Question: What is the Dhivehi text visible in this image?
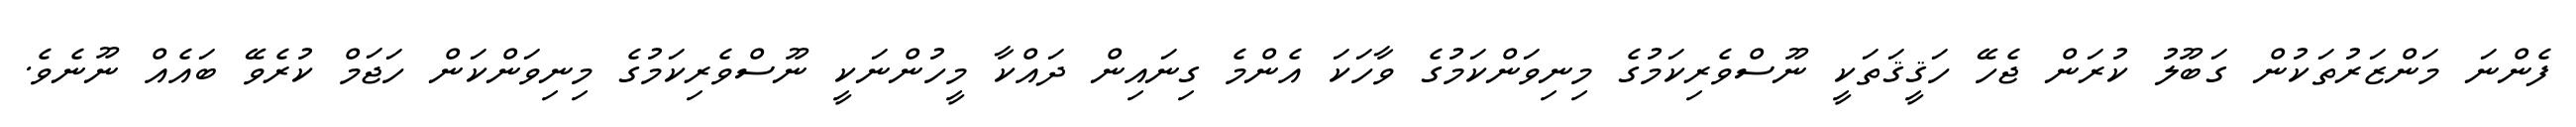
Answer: ފެންނަ މަންޒަރުތަކުން ގަބޫލު ކުރަން ޖެހޭ ހަޤީޤަތަކީ ނޫސްވެރިކަމުގެ މިނިވަންކަމުގެ ވާހަކަ އެންމެ ގިނައިން ދައްކާ މީހުންނަކީ ނޫސްވެރިކަމުގެ މިނިވަންކަން ހަޖަމް ކުރެވޭ ބައެއް ނޫނެވެ.